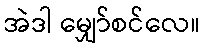
အဲဒါ မျှော်စင်လေ။